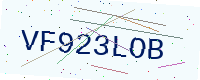
Text: VF923LOB